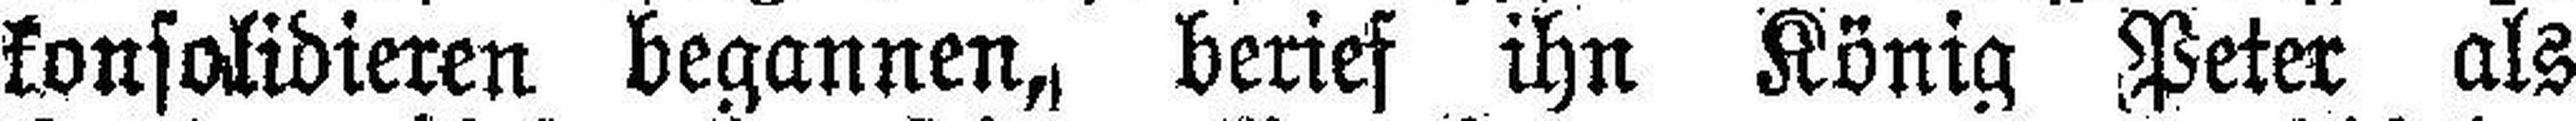
konsolidieren begannen, berief ihn König Peter als